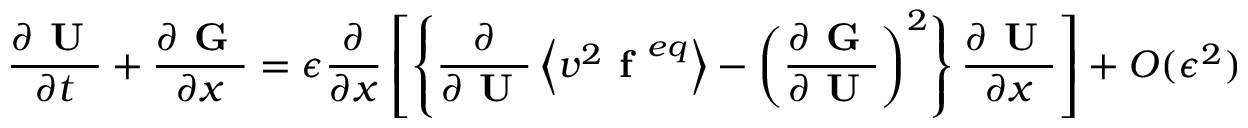
\frac { \partial \textbf { U } } { \partial t } + \frac { \partial \textbf { G } } { \partial x } = \epsilon \frac { \partial } { \partial x } \left[ \left\{ \frac { \partial } { \partial \textbf { U } } \left\langle v ^ { 2 } \textbf { f } ^ { e q } \right\rangle - \left( \frac { \partial \textbf { G } } { \partial \textbf { U } } \right) ^ { 2 } \right\} \frac { \partial \textbf { U } } { \partial x } \right] + O ( \epsilon ^ { 2 } )